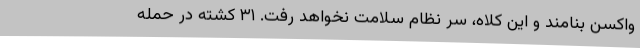
واکسن بنامند و این کلاه، سر نظام سلامت نخواهد رفت. ۳۱ کشته در حمله